Plague in India, 1896, 1897 - Volume 1
Year: 1896
Disease focus: Plague
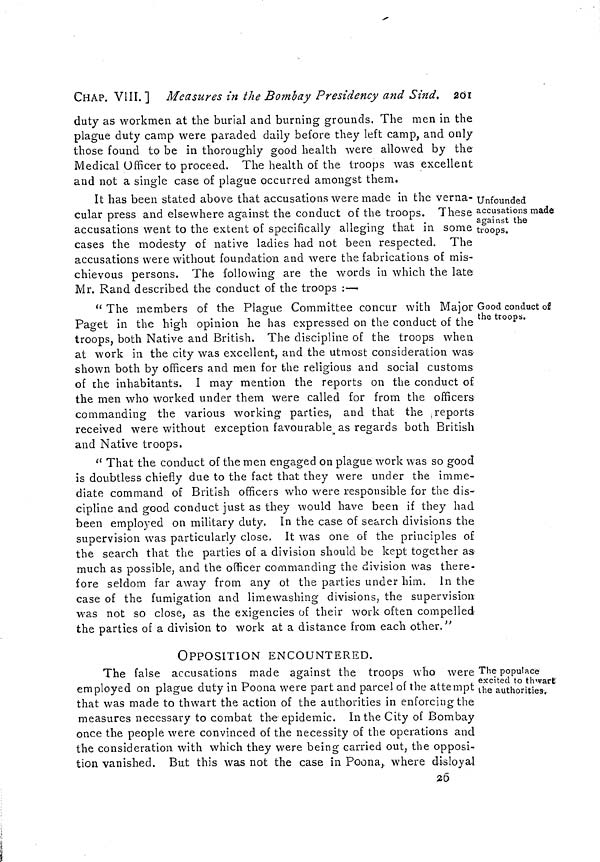
CHAP. VIII.] Measures in the Bombay Presidency and Sind. 2OI
duty as workmen at the burial and burning grounds. The men in the
plague duty camp were paraded daily before they left camp, and only
those found to be in thoroughly good health were allowed by the
Medical Officer to proceed. The health of the troops was excellent
and not a single case of plague occurred amongst them.
Unfounded
accusations made
against the
troops.
It has been stated above that accusations were made in the verna-
cular press and elsewhere against the conduct of the troops. These
accusations went to the extent of specifically alleging that in some
cases the modesty of native ladies had not been respected. The
accusations were without foundation and were the fabrications of mis-
chievous persons. The following are the words in which the late
Mr. Rand described the conduct of the troops :—
Good conduct of
the troops.
" The members of the Plague Committee concur with Major
Paget in the high opinion he has expressed on the conduct of the
troops, both Native and British. The discipline of the troops when
at work in the city was excellent, and the utmost consideration was
shown both by officers and men for the religious and social customs
of the inhabitants. I may mention the reports on the conduct of
the men who worked under them were called for from the officers
commanding the various working parties, and that the reports
received were without exception favourable as regards both British
and Native troops.
" That the conduct of the men engaged on plague work was so good
is doubtless chiefly due to the fact that they were under the imme-
diate command of British officers who were responsible for the dis-
cipline and good conduct just as they would have been if they had
been employed on military duty. In the case of search divisions the
supervision was particularly close, It was one of the principles of
the search that the parties of a division should be kept together as
much as possible, and the officer commanding the division was there-
fore seldom far away from any of the parties under him. In the
case of the fumigation and limewashing divisions, the supervision
was not so close, as the exigencies of their work often compelled
the parties of a division to work at a distance from each other."
The populace
excited to thwart
the authorities.
OPPOSITION ENCOUNTERED.
The false accusations made against the troops who were
employed on plague duty in Poona were part and parcel of the attempt
that was made to thwart the action of the authorities in enforcing the
measures necessary to combat the epidemic. In the City of Bombay
once the people were convinced of the necessity of the operations and
the consideration with which they were being carried out, the opposi-
tion vanished. But this was not the case in Poona, where disloyal
26